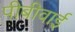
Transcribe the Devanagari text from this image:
पीबीवाई